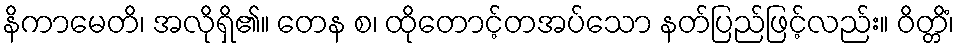
နိကာမေတိ၊ အလိုရှိ၏။ တေန စ၊ ထိုတောင့်တအပ်သော နတ်ပြည်ဖြင့်လည်း။ ဝိတ္တိံ၊